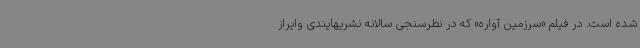
شده است. در فیلم «سرزمین آواره» که در نظرسنجی سالانه نشریهایندی وایراز